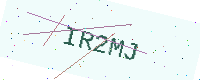
Text: IR2MJ